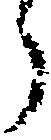
う